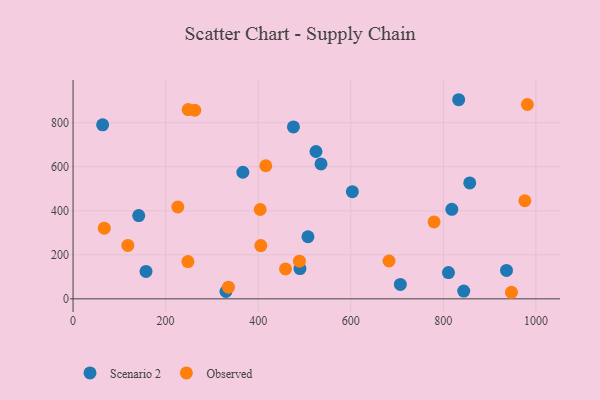
{"axis": {"x": "Ad Spend", "y": "Demand"}, "legend": ["Observed", "Scenario 2"], "data": [{"x": "507.5", "y": 282.1, "type": "Scenario 2"}, {"x": "524.8", "y": 669.6, "type": "Scenario 2"}, {"x": "707.1", "y": 65.7, "type": "Scenario 2"}, {"x": "936.4", "y": 129.2, "type": "Scenario 2"}, {"x": "63.9", "y": 790.8, "type": "Scenario 2"}, {"x": "844.0", "y": 35.2, "type": "Scenario 2"}, {"x": "833.1", "y": 904.9, "type": "Scenario 2"}, {"x": "330.3", "y": 33.3, "type": "Scenario 2"}, {"x": "535.7", "y": 613.2, "type": "Scenario 2"}, {"x": "366.8", "y": 575.3, "type": "Scenario 2"}, {"x": "490.2", "y": 137.7, "type": "Scenario 2"}, {"x": "476.1", "y": 781.1, "type": "Scenario 2"}, {"x": "157.6", "y": 124.4, "type": "Scenario 2"}, {"x": "818.3", "y": 406.7, "type": "Scenario 2"}, {"x": "141.9", "y": 378.4, "type": "Scenario 2"}, {"x": "811.0", "y": 119.5, "type": "Scenario 2"}, {"x": "603.4", "y": 487.1, "type": "Scenario 2"}, {"x": "857.0", "y": 527.0, "type": "Scenario 2"}, {"x": "416.4", "y": 604.9, "type": "Observed"}, {"x": "248.7", "y": 860.2, "type": "Observed"}, {"x": "404.3", "y": 405.9, "type": "Observed"}, {"x": "947.1", "y": 29.8, "type": "Observed"}, {"x": "682.6", "y": 172.0, "type": "Observed"}, {"x": "489.1", "y": 171.0, "type": "Observed"}, {"x": "263.0", "y": 857.0, "type": "Observed"}, {"x": "981.5", "y": 883.3, "type": "Observed"}, {"x": "405.6", "y": 242.1, "type": "Observed"}, {"x": "976.0", "y": 445.7, "type": "Observed"}, {"x": "67.4", "y": 321.2, "type": "Observed"}, {"x": "226.3", "y": 417.4, "type": "Observed"}, {"x": "779.9", "y": 349.7, "type": "Observed"}, {"x": "459.0", "y": 135.9, "type": "Observed"}, {"x": "248.1", "y": 169.4, "type": "Observed"}, {"x": "335.7", "y": 52.9, "type": "Observed"}, {"x": "118.4", "y": 242.7, "type": "Observed"}]}